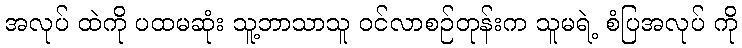
အလုပ် ထဲကို ပထမဆုံး သူ့ဘာသာသူ ဝင်လာစဉ်တုန်းက သူမရဲ့ စံပြအလုပ် ကို